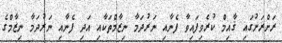
ރަށްރަށުގައި ޤާއިމް ކުރެވިފައިވާ ފެނާއި ނަރުދަމާ ނިޒާމްތަކާއި އަދި ފެނާއި ނަރުދަމާ ނިޒާމްގެ